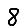
Digit: 8